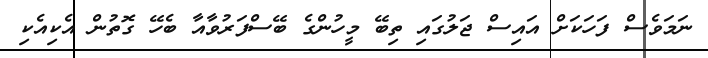
ނަމަވެސް ފަހަކަށް އައިސް ޖަލުގައި ތިބޭ މީހުންގެ ބޭސްފަރުވާއާ ބެހޭ ގޮތުން އެކިއެކި